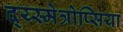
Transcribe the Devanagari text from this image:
द्य्स्मेत्रोप्सिया